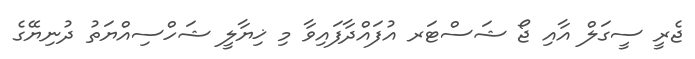
ޖެރީ ސީގަލް އާއި ޖޯ ޝަސްޓަރ އުފައްދާފައިވާ މި ޚިޔާލީ ޝަހްސިއްޔަތު ދުނިޔޭގެ